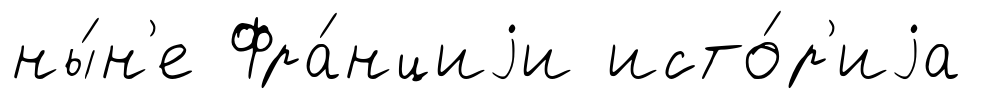
ны́н'е Фра́нциjи исто́р'иjа